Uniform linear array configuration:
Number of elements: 32
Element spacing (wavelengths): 0.25
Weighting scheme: hamming
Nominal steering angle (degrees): -45
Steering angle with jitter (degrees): -45.655
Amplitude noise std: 0.05
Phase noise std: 0.05

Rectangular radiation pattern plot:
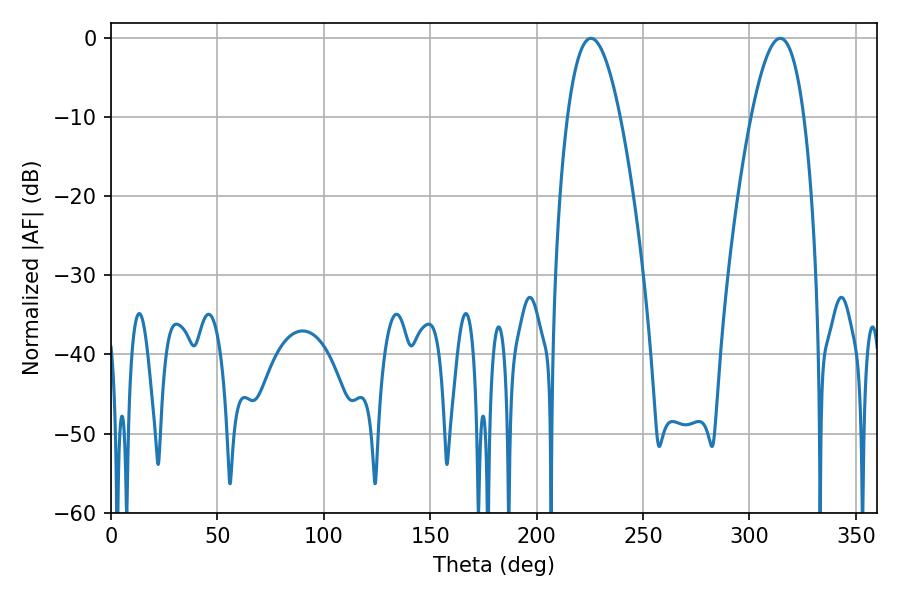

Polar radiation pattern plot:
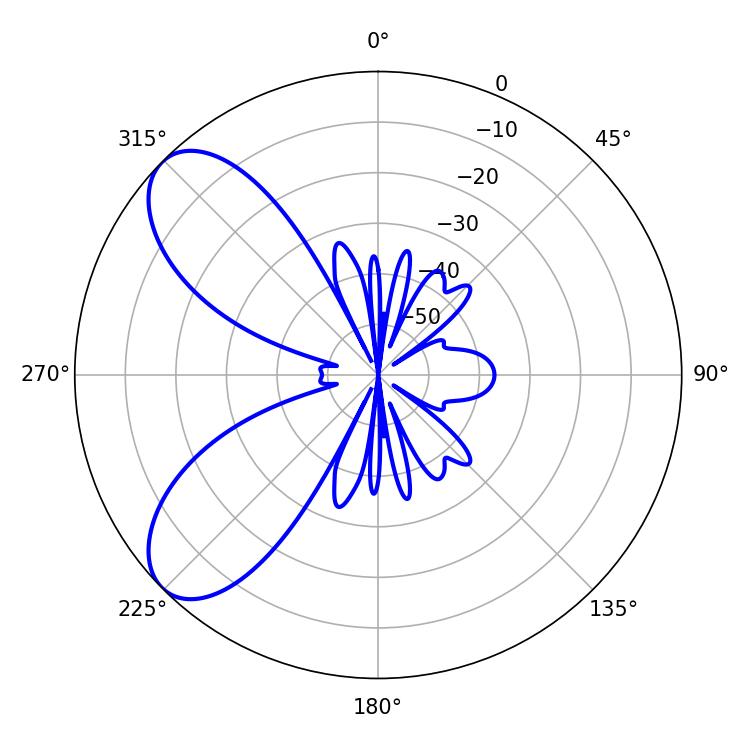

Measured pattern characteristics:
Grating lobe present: FALSE
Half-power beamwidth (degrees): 13.68
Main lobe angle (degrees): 225.54